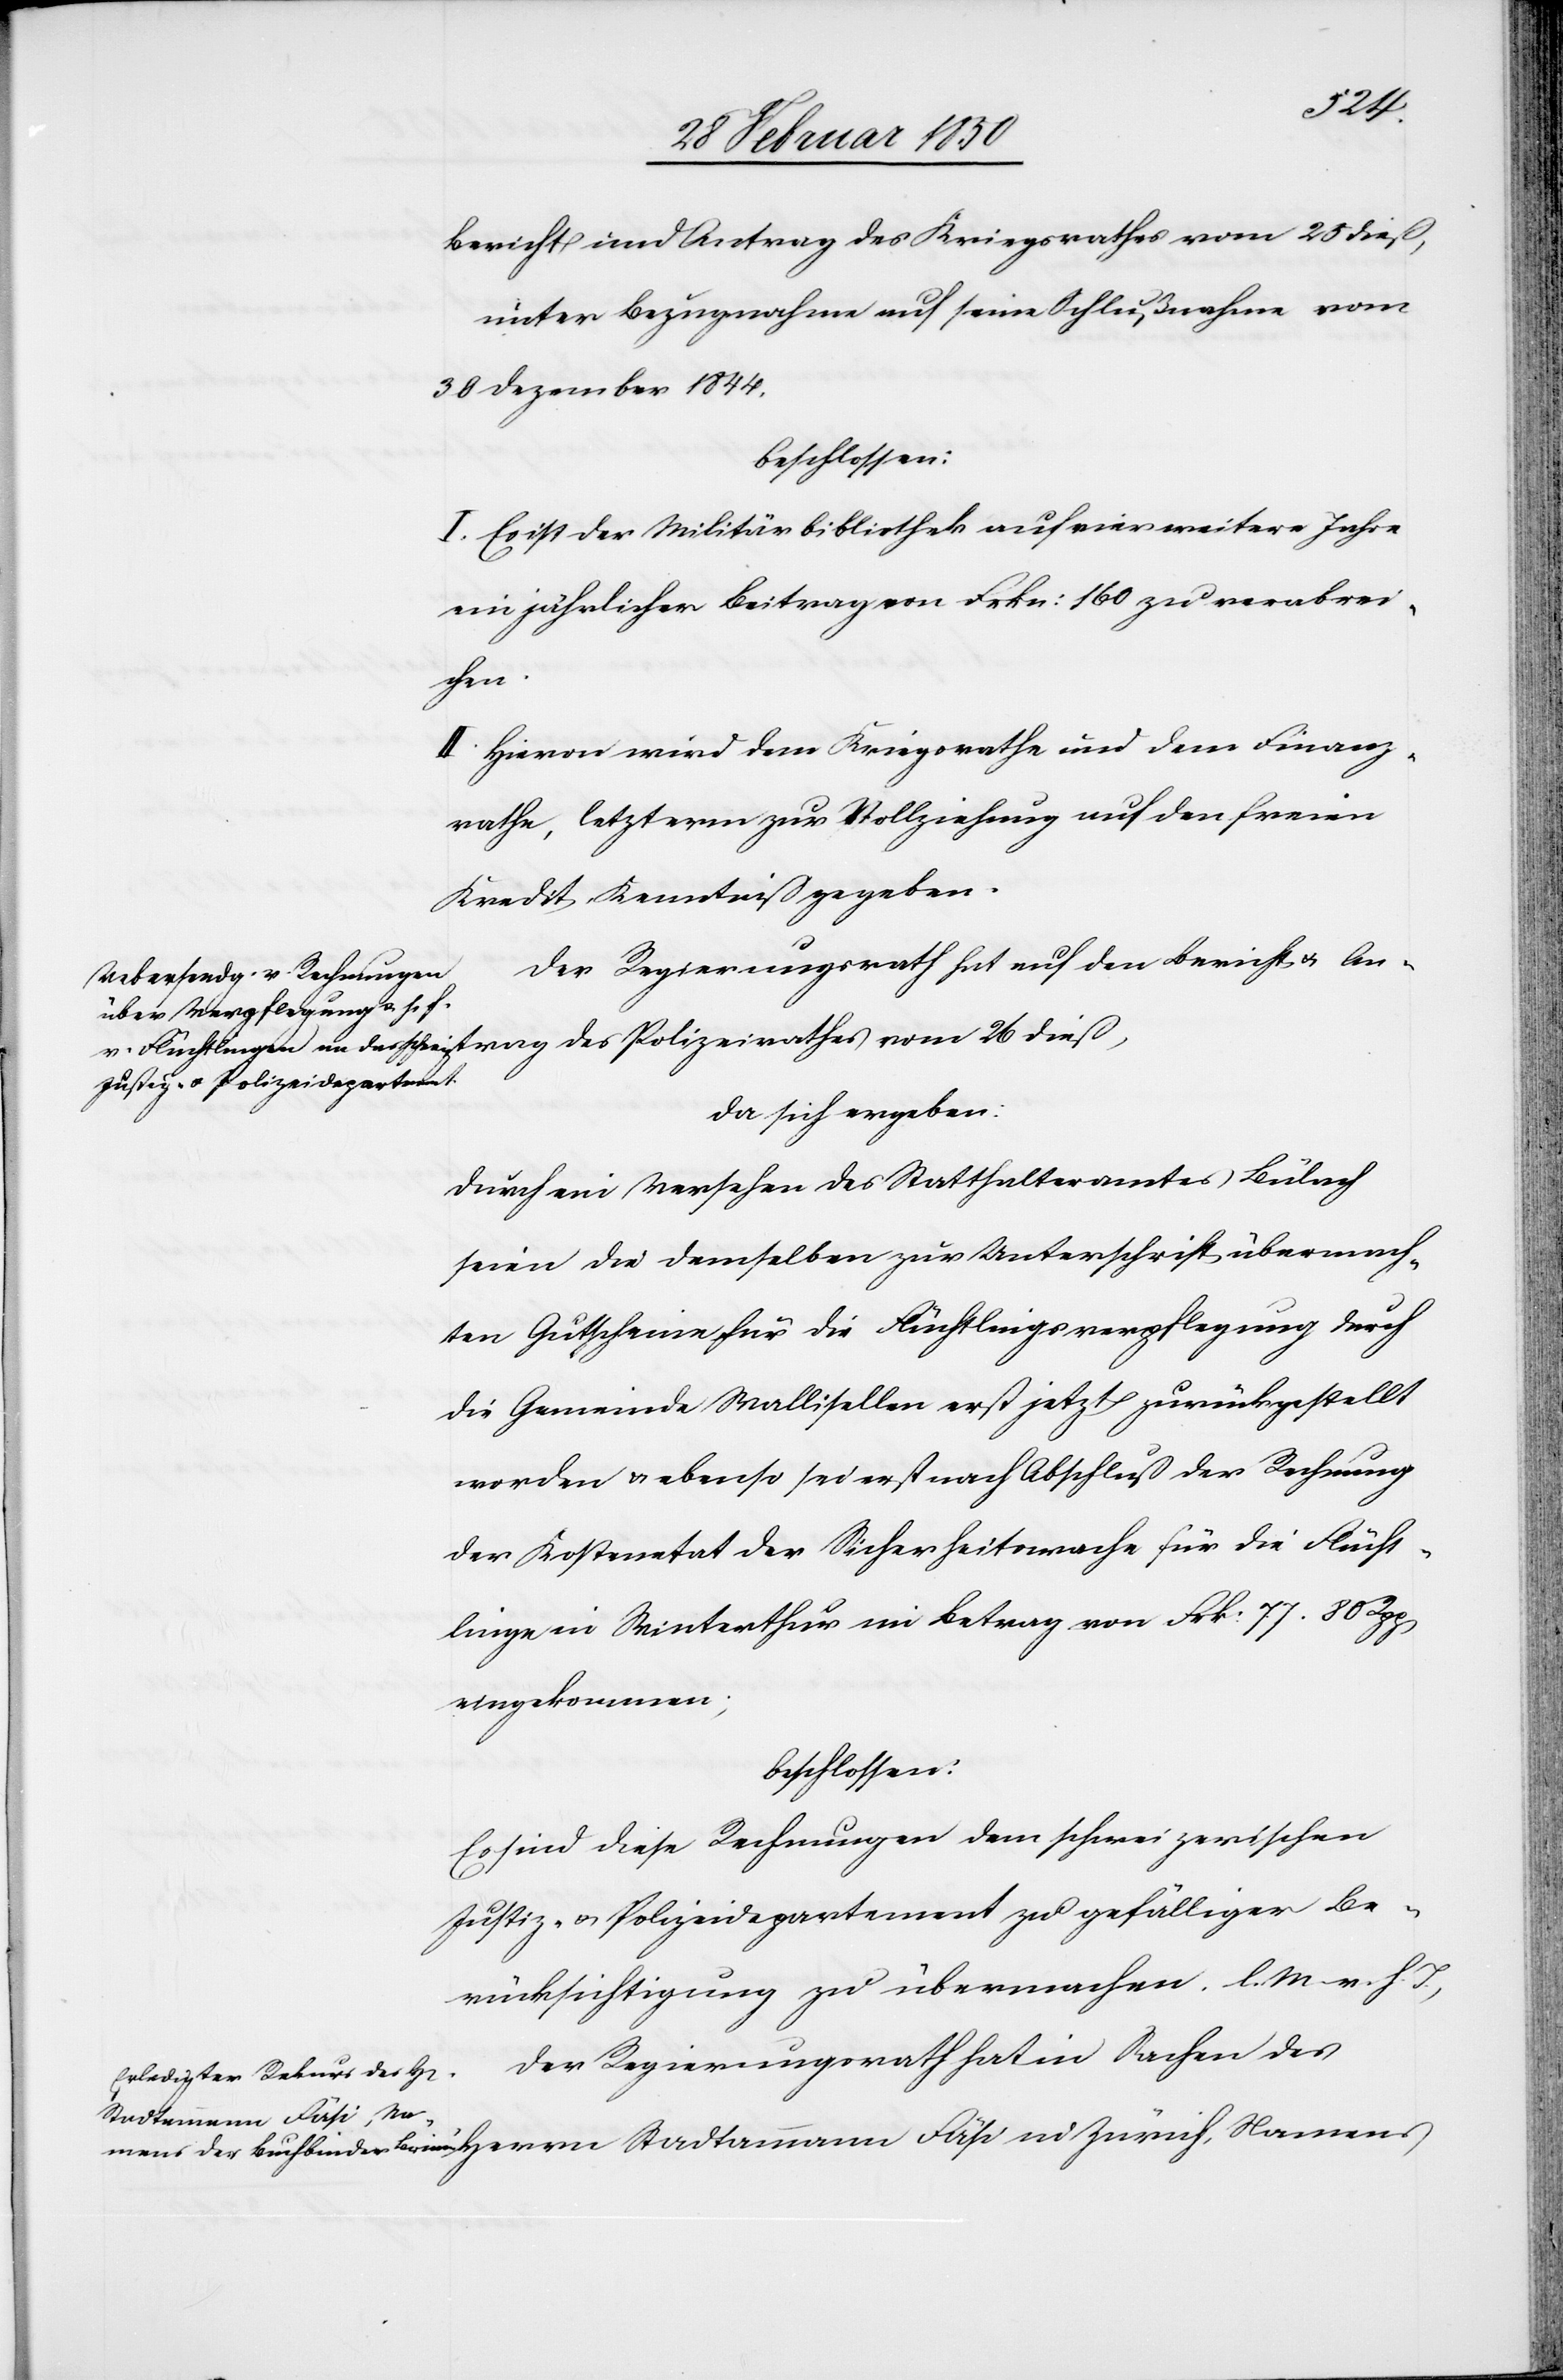
dieß,
Bericht und Antrag des Kriegsrathes vom 25 dieß,
unter Bezugnahme auf seine Schlußnahme vom
30 Dezember 1844.
beschlossen:
I. Es ist der Militärbibliothek auf vier weitere Jahre
ein jährlicher Beitrag von Frkn: 160 zu verabrei¬
chen.
II. Hievon wird dem Kriegsrathe und dem Finanz¬
rathe, letzterm zur Vollziehung auf den freien
Kredit, Kenntniß gegeben.
Der Regierungsrath hat auf den Bericht u. An¬
da sich ergeben:
Durch ein Versehen des Statthalteramtes Bülach
seien die demselben zur Unterschrift übermach¬
ten Gutscheine für die Flüchtlingsverpflegung durch
die Gemeinde Wallisellen erst jetzt zurückgestellt
worden u. ebenso sei erst nach Abschluß der Rechnung
der Kostenetat der Sicherheitswache für die Flücht¬
linge in Winterthur im Betrag von Frk: 77. 80 Rpp
eingekommen;
beschlossen:
Es sind diese Rechnungen dem schweizerischen
Justiz- u. Polizeidepartement zu gefälliger Be¬
rücksichtigung zu übermachen. l. M. v. h. T.
Der Regierungsrath hat in Sachen des
Stadtammann Fäsi in